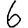
Digit: 6